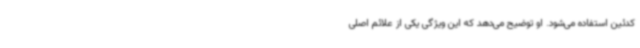
کدئین استفاده می‌شود. او توضیح می‌دهد که این ویژگی یکی از علائم اصلی